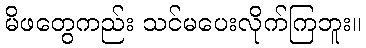
မိဖတွေကည်း သင်မပေးလိုက်ကြဘူး။